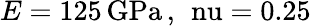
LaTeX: E=125\, \mathrm{{GPa}\, ,\, \ nu=0.25}